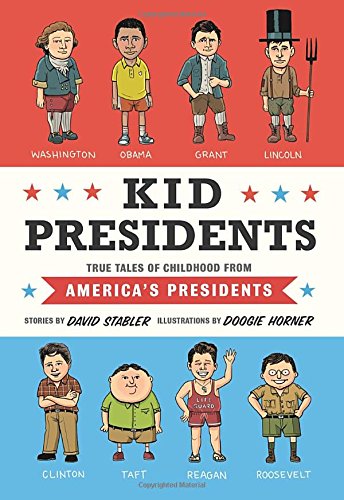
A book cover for Kid Presidents: True Tales of Childhood from America's Presidents (Kid Legends); David Stabler; Children's Books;